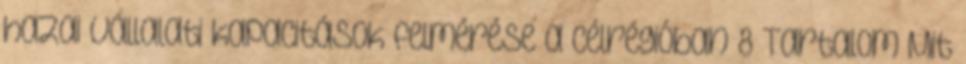
hazai vállalati kapacitások felmérése a célrégióban 8 Tartalom Mit